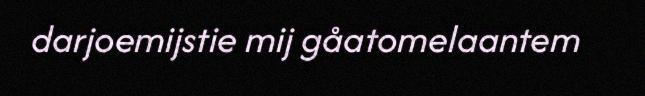
darjoemijstie mij gåatomelaantem